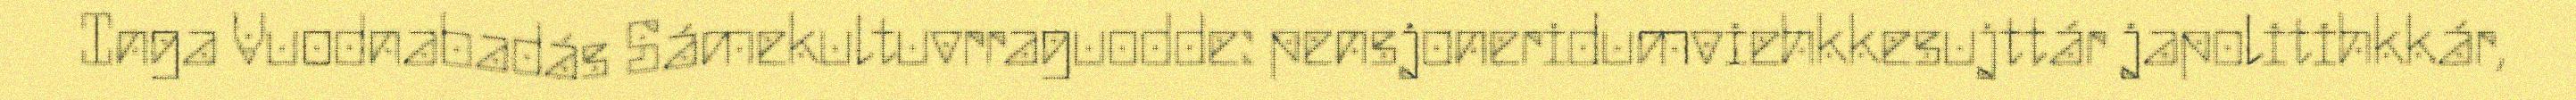
Inga Vuodnabadás Sámekultuvrraguodde: pensjoneridumviehkkesujttár japolitihkkár,